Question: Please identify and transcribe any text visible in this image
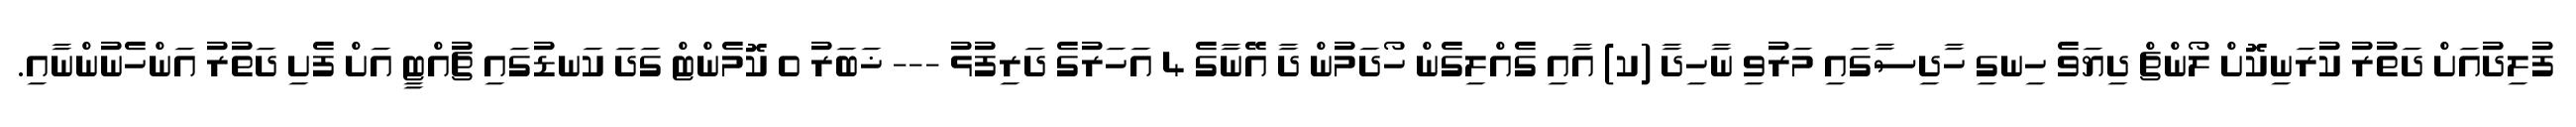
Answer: ފުލިދުއަށް ދަތުރު ކުރަނިކޮށް ލޯންޗް ދިޔަވެ ހިނގި ހާދިސާގައި މަރުވި ނާހިދާ (ކ) އާއި ގެއްލިގެން ހޯދަމުން ދާ އޭނާގެ 4 އަހަރުގެ ދަރިފުޅު --- ޚަބަރު 0 ކޮމެންޓް ގަދަ ކަނޑުގައި ޗުއްޓީ އަށް ފެށި ދަތުރު އަންހެނުންނާއި.